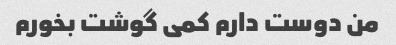
من دوست دارم کمی گوشت بخورم